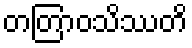
တတြာဝသိဿတိ